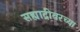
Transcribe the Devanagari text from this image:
सह्याद्रीवरच्या